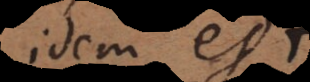
idem est,